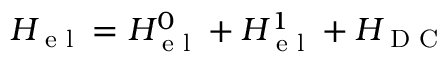
H \sb { \textnormal { e l } } = H ^ { 0 } \sb { \textnormal { e l } } + H ^ { 1 } \sb { \textnormal { e l } } + H \sb { \textnormal { D C } }